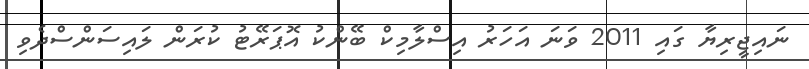
ނައިޖީރިޔާ ގައި 2011 ވަނަ އަހަރު އިސްލާމިކް ބޭންކު އޮޕަރޭޓު ކުރަން ލައިސަންސްދެވި